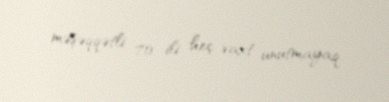
məşəqqətli 70 ili heç vaxt unutmayaq.